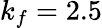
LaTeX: k_{f}=2.5